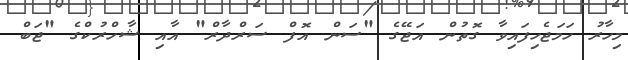
މިހާރު ހަމަޖެހިފައިވާ ގޮތުން އަޖޭގެ "ސަން އޮފް ސަރްދާރް" އާއި ޝާހްރުކްގެ "ޖަބް